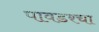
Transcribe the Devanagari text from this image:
पावडरचा